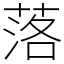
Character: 落